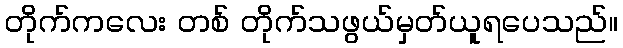
တိုက်ကလေး တစ် တိုက်သဖွယ်မှတ်ယူရပေသည်။